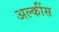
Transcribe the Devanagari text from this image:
अल्कींस